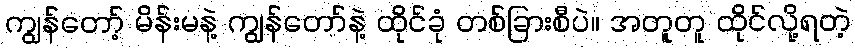
ကျွန်တော့် မိန်းမနဲ့ ကျွန်တော်နဲ့ ထိုင်ခုံ တစ်ခြားစီပဲ။ အတူတူ ထိုင်လို့ရတဲ့